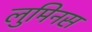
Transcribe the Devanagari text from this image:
लुमिनस